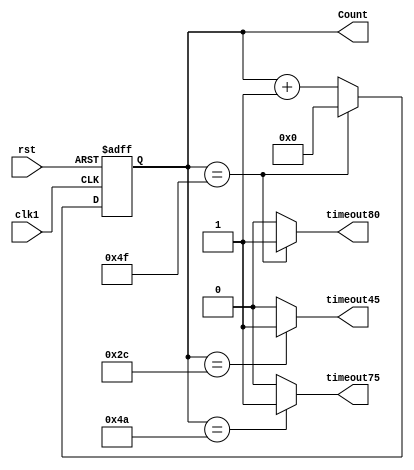
module Downcounter(
    input            clk1     ,
    input            rst      ,
    output  reg      timeout45,
    output  reg      timeout75,
    output  reg      timeout80,
    output reg [6:0] Count    
    );
localparam count_timeout45 = 45 ;
localparam count_timeout75 = 75 ;
localparam count_timeout80 = 80;

always@(posedge clk1, posedge rst)
begin
    if(rst)
        begin
        Count <= 5'b0;
        end
    else if (Count == count_timeout80 - 1)
        begin
        Count <= 5'b0;
        end
    else
        begin
        Count <= Count + 1;
        end
end

always@(*)
begin
     if (Count == count_timeout45 - 1)
        begin
        timeout45 = 1;
        end
    else
        begin
         timeout45 = 0;
        end
end
always@(*)
begin
     if (Count == count_timeout75 - 1)
        begin
        timeout75 = 1;
        end
    else
        begin
         timeout75 = 0;
        end
end

always@(*)
begin
     if (Count == count_timeout80 - 1)
        begin
        timeout80 = 1;
        end
    else
        begin
         timeout80 = 0;
        end
end
endmodule